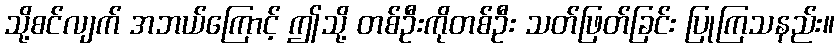
သို့စင်လျက် အဘယ်ကြောင့် ဤသို့ တစ်ဦးကိုတစ်ဦး သတ်ဖြတ်ခြင်း ပြုကြသနည်း။